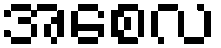
အစေလ